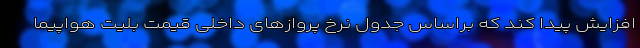
افزایش پیدا کند که براساس جدول نرخ پروازهای داخلی قیمت بلیت هواپیما